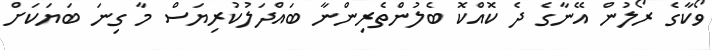
ވޯކާގެ ރޯލުން އޭނާގެ ދެ ކޮއްކޮ ބެލުންތެރިންނާ ބައްދަލުކުރިޔަސް މާ ގިނަ ބަޔަކަށް